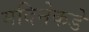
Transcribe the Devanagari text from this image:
मदिनेकडे